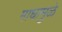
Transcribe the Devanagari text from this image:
माधामुळे